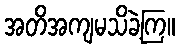
အတိအကျမသိခဲ့ကြ။